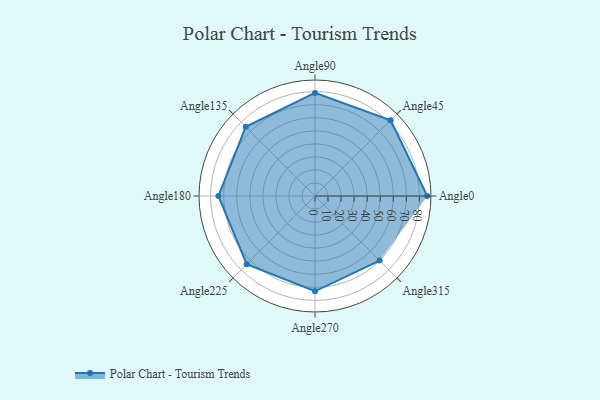
{"axis": {"x": "Angle", "y": "Radius"}, "legend": [""], "data": [{"x": "Angle0", "y": 86.0, "type": ""}, {"x": "Angle45", "y": 82.0, "type": ""}, {"x": "Angle90", "y": 79.0, "type": ""}, {"x": "Angle135", "y": 75.0, "type": ""}, {"x": "Angle180", "y": 74.0, "type": ""}, {"x": "Angle225", "y": 74.0, "type": ""}, {"x": "Angle270", "y": 73.0, "type": ""}, {"x": "Angle315", "y": 70.0, "type": ""}]}